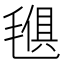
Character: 𣯒